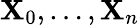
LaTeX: \mathbf{X}_{0},\ldots,\mathbf{X}_{n}